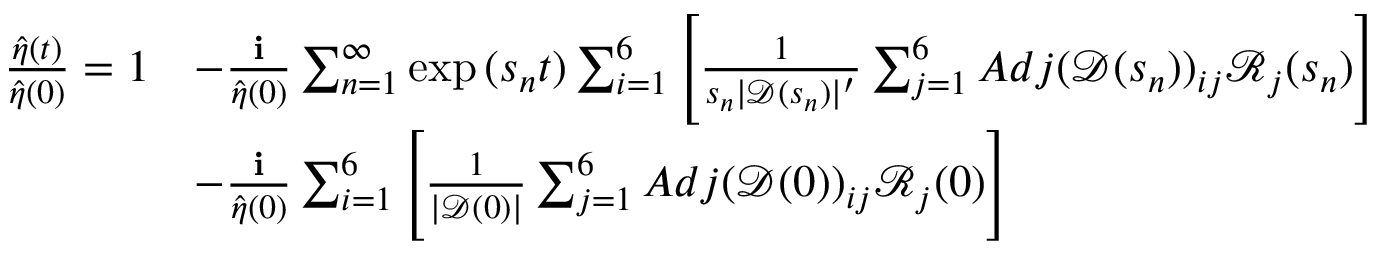
\begin{array} { r l } { \frac { \hat { \eta } ( t ) } { \hat { \eta } ( 0 ) } = 1 } & { - \frac { \textbf { i } } { \hat { \eta } ( 0 ) } \sum _ { n = 1 } ^ { \infty } \exp { ( s _ { n } t ) } \sum _ { i = 1 } ^ { 6 } \Bigg [ \frac { 1 } { s _ { n } | \mathscr { D } ( s _ { n } ) | ^ { \prime } } \sum _ { j = 1 } ^ { 6 } A d j ( \mathscr { D } ( s _ { n } ) ) _ { i j } \mathscr { R } _ { j } ( s _ { n } ) \Bigg ] } \\ & { - \frac { \textbf { i } } { \hat { \eta } ( 0 ) } \sum _ { i = 1 } ^ { 6 } \Bigg [ \frac { 1 } { | \mathscr { D } ( 0 ) | } \sum _ { j = 1 } ^ { 6 } A d j ( \mathscr { D } ( 0 ) ) _ { i j } \mathscr { R } _ { j } ( 0 ) \Bigg ] } \end{array}